Report of cholera committee
Disease focus: Cholera
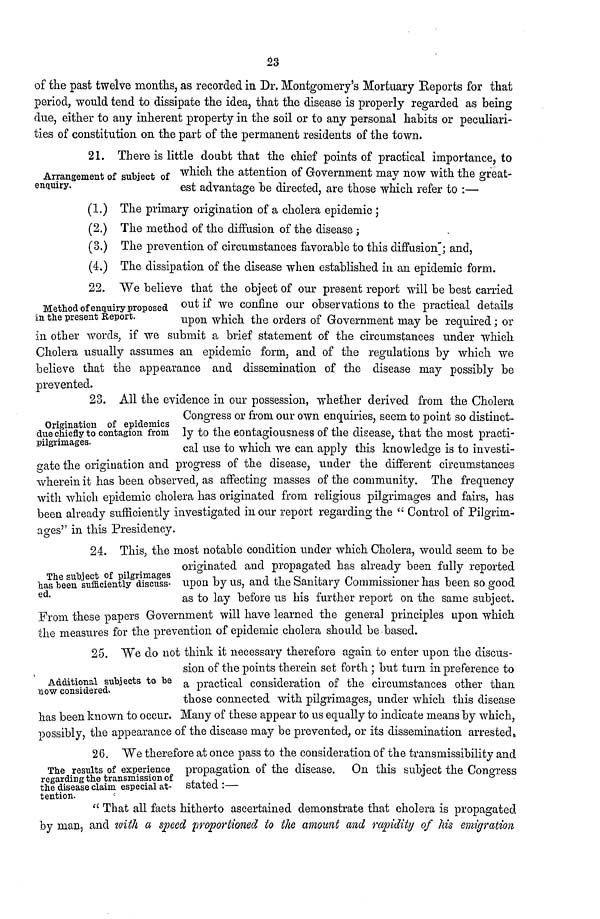
23
of the past twelve months, as recorded in Dr. Montgomery's Mortuary Reports for that
period, would tend to dissipate the idea, that the disease is properly regarded as being
due, either to any inherent property in the soil or to any personal habits or peculiari-
ties of constitution on the part of the permanent residents of the town.
Arrangement of subject of
enquiry.
21. There is little doubt that the chief points of practical importance, to
which the attention of Government may now with the great-
est advantage be directed, are those which refer to :—
(1.) The primary origination of a cholera epidemic ;
(2.) The method of the diffusion of the disease ;
(3,) The prevention of circumstances favorable to this diffusion ; and,
(4,) The dissipation of the disease when established in an epidemic form.
Method of enquiry proposed
in the present Report.
22. We believe that the object of our present report will be best carried
out if we confine our observations to the practical details
upon which the orders of Government may be required; or
in other words, if we submit a brief statement of the circumstances under which
Cholera usually assumes an epidemic form, and of the regulations by which we
believe that the appearance and dissemination of the disease may possibly be
prevented.
Origination of epidemics
due chiefly to contagion from
pilgrimages.
23. All the evidence in our possession, whether derived from the Cholera
Congress or from our own enquiries, seem to point so distinct-
ly to the contagiousness of the disease, that the most practi-
cal use to which we can apply this knowledge is to investi-
gate the origination and progress of the disease, under the different circumstances
wherein it has been observed, as affecting masses of the community. The frequency
with which epidemic cholera has originated from religious pilgrimages and fairs, has
been already sufficiently investigated in our report regarding the " Control of Pilgrim-
ages" in this Presidency.
The subject of pilgrimages
has been sufficiently discuss-
ed.
24. This, the most notable condition under which Cholera, would seem to be
originated and propagated has already been fully reported
upon by us, and the Sanitary Commissioner has been so good
as to lay before us his further report on the same subject.
From these papers Government will have learned the general principles upon which
the measures for the prevention of epidemic cholera should be based.
Additional subjects to be
now considered.
25. "We do not think it necessary therefore again to enter upon the discus-
sion of the points therein set forth ; but turn in preference to
a practical consideration of the circumstances other than
those connected with pilgrimages, under which this disease
has been known to occur. Many of these appear to us equally to indicate means by which,
possibly, the appearance of the disease may be prevented, or its dissemination arrested.
The results of experience
regarding the transmission of
the disease claim especial at-
tention.
26. We therefore at once pass to the consideration of the transmissibility and
propagation of the disease. On this subject the Congress
stated :—
" That all facts hitherto ascertained demonstrate that cholera is propagated
by man, and with a speed proportioned to the amount and rapidity of his emigration